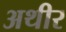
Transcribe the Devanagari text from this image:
अथीर